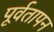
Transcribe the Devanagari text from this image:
पूर्वतापन